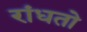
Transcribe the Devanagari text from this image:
रांधतो